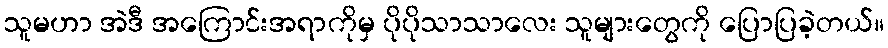
သူမဟာ အဲဒီ အကြောင်းအရာကိုမှ ပိုပိုသာသာလေး သူများတွေကို ပြောပြခဲ့တယ်။